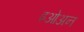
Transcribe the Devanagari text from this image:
इओअन